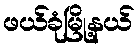
ဖယ်ခုံမြို့နယ်